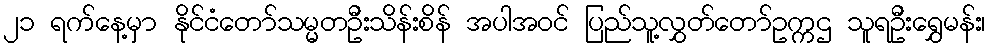
၂၁ ရက်နေ့မှာ နိုင်ငံတော်သမ္မတဦးသိန်းစိန် အပါအဝင် ပြည်သူ့လွှတ်တော်ဥက္ကဌ သူရဦးရွှေမန်း၊